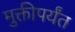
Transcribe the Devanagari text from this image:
मुक्तीपर्यंत